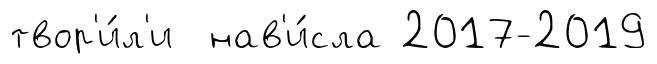
твор'и́л'и нав'и́сла 2017-2019